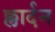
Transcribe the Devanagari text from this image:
क्लार्दन